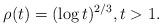
LaTeX: \begin{align*} \rho(t)=(\log t)^{2/3}, t>1 .\end{align*}